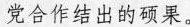
党合作结出的硕果。